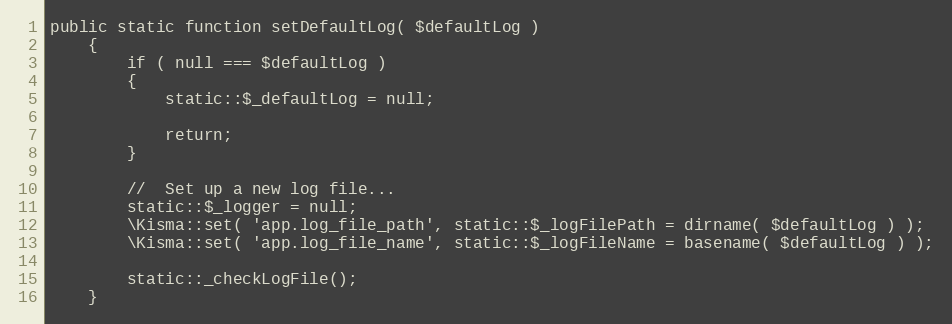
Language: PHP
public static function setDefaultLog( $defaultLog )
    {
        if ( null === $defaultLog )
        {
            static::$_defaultLog = null;

            return;
        }

        //	Set up a new log file...
        static::$_logger = null;
        \Kisma::set( 'app.log_file_path', static::$_logFilePath = dirname( $defaultLog ) );
        \Kisma::set( 'app.log_file_name', static::$_logFileName = basename( $defaultLog ) );

        static::_checkLogFile();
    }